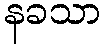
နခသာ